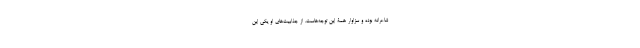
شاعرانه بوده و سزاوار همۀ این توجه‌هاست. از جذابیت‌های او یکی این